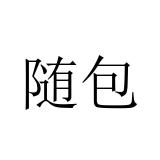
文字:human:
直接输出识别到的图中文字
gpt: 随包